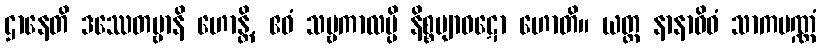
ဌာနေတိ ဒဿေတဗ္ဗာနိ ဟောန္တိ, ဧဝံ သဗ္ဗကာလမ္ပိ နိစ္စဗျာဝဋော ဟောတိ။ ယတ္ထ နာနာဝိဓံ သာကပဏ္ဏံ